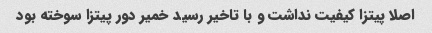
اصلا پیتزا کیفیت نداشت و با تاخیر رسید خمیر دور پیتزا سوخته بود